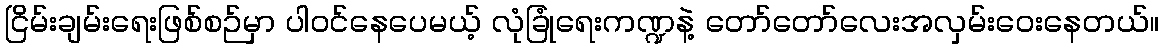
ငြိမ်းချမ်းရေးဖြစ်စဉ်မှာ ပါဝင်နေပေမယ့် လုံခြုံရေးကဏ္ဍနဲ့ တော်တော်လေးအလှမ်းဝေးနေတယ်။